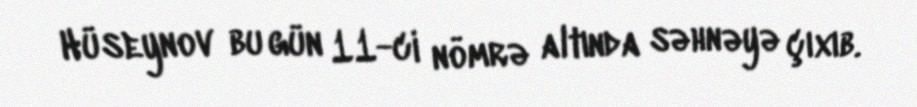
Hüseynov bu gün 11-ci nömrə altında səhnəyə çıxıb.